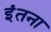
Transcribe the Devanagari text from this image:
इंतना